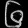
Digit: ၆